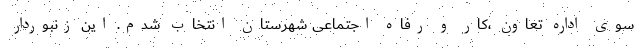
سوی اداره تعاون ،کار و رفاه اجتماعی شهرستان انتخاب شدم. این زنبوردار